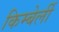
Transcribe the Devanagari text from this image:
किम्बेर्ली